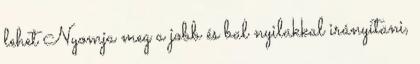
lehet Nyomja meg a jobb és bal nyilakkal irányítani,